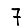
Digit: 7